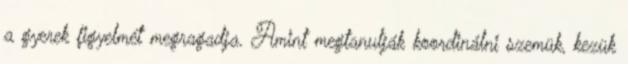
a gyerek figyelmét megragadja. Amint megtanulják koordinálni szemük, kezük